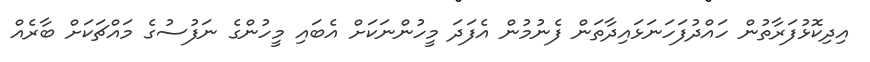
އިދިކޮޅުފަރާތުން ހައްދުފަހަނަޅައިދާތަން ފެނުމުން އެފަދަ މީހުންނަކަށް އެބައި މީހުންގެ ނަފުސުގެ މައްޗަކަށް ބާރެއް